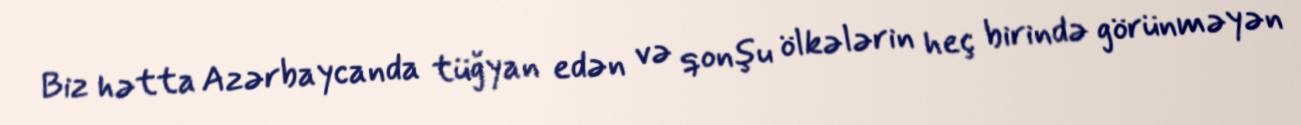
Biz hətta Azərbaycanda tüğyan edən və qonşu ölkələrin heç birində görünməyən